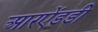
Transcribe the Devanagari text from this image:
आरऐंडडी